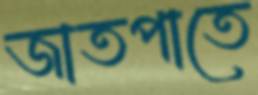
জাতপাতে